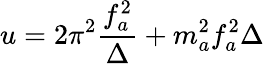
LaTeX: u=2\pi^{2}\frac{f_{a}^{2}}{\Delta}+m_{a}^{2}f_{a}^{2}\Delta